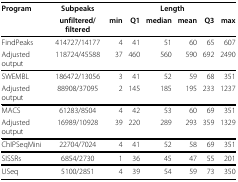
<table><thead><tr><td><b>Program</b></td><td><b>Subpeaks</b></td><td colspan="6"><b>Length</b></td></tr><tr><td></td><td><b>unfiltered/filtered</b></td><td><b>min</b></td><td><b>Q1</b></td><td><b>median</b></td><td><b>mean</b></td><td><b>Q3</b></td><td><b>max</b></td></tr></thead><tbody><tr><td>FindPeaks</td><td>414727/14177</td><td>4</td><td>41</td><td>51</td><td>60</td><td>65</td><td>607</td></tr><tr><td>Adjusted output</td><td>118724/45588</td><td>37</td><td>460</td><td>560</td><td>590</td><td>692</td><td>2490</td></tr><tr><td>SWEMBL</td><td>186472/13056</td><td>3</td><td>41</td><td>52</td><td>59</td><td>68</td><td>351</td></tr><tr><td>Adjusted output</td><td>88908/37095</td><td>2</td><td>145</td><td>185</td><td>195</td><td>233</td><td>1237</td></tr><tr><td>MACS</td><td>61283/8504</td><td>4</td><td>42</td><td>53</td><td>60</td><td>69</td><td>351</td></tr><tr><td>Adjusted output</td><td>16989/10928</td><td>39</td><td>220</td><td>289</td><td>293</td><td>359</td><td>1329</td></tr><tr><td>ChIPSeqMini</td><td>22704/7024</td><td>4</td><td>41</td><td>52</td><td>58</td><td>69</td><td>351</td></tr><tr><td>SISSRs</td><td>6854/2730</td><td>1</td><td>36</td><td>45</td><td>47</td><td>55</td><td>201</td></tr><tr><td>USeq</td><td>5100/2851</td><td>4</td><td>39</td><td>54</td><td>59</td><td>73</td><td>350</td></tr></tbody></table>